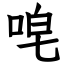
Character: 唣